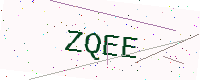
Text: ZQEE